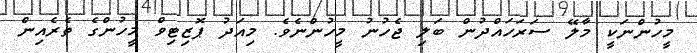
މީހުންނަކީ މާލޭ ސަރަހައްދުން ބަލި ޖެހުނު މީހުންނެވެ. މިއަދު ޕޮޒިޓިވް މީހުންގެ ތެރެއިން